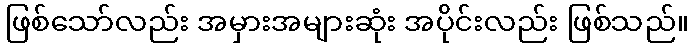
ဖြစ်သော်လည်း အမှားအများဆုံး အပိုင်းလည်း ဖြစ်သည်။